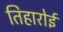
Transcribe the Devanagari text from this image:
तिहारोई